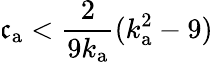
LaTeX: \mathfrak{c}_{\mathrm{{a}}}<\frac{{2}}{{9k_{\mathrm{{a}}}}}(k_{\mathrm{{a}}}^{2}-9)